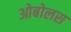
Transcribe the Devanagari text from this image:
ओबोलस